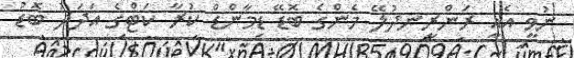
ނުވީ އެއީ ރަންރީނދުލޭ މެންގެ ބޮޑޭ ޑިމާންޑް ކުރާ ކަޓްގެ އަދަދު ބޮޑު